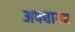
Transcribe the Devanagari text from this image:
अपद्यागद्य